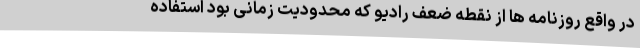
در واقع روزنامه ها از نقطه ضعف رادیو که محدودیت زمانی بود استفاده